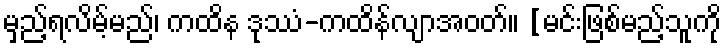
မှည့်ရလိမ့်မည်၊ ကထိန ဒုဿံ-ကထိန်လျာအဝတ်။ [မင်းဖြစ်မည့်သူကို